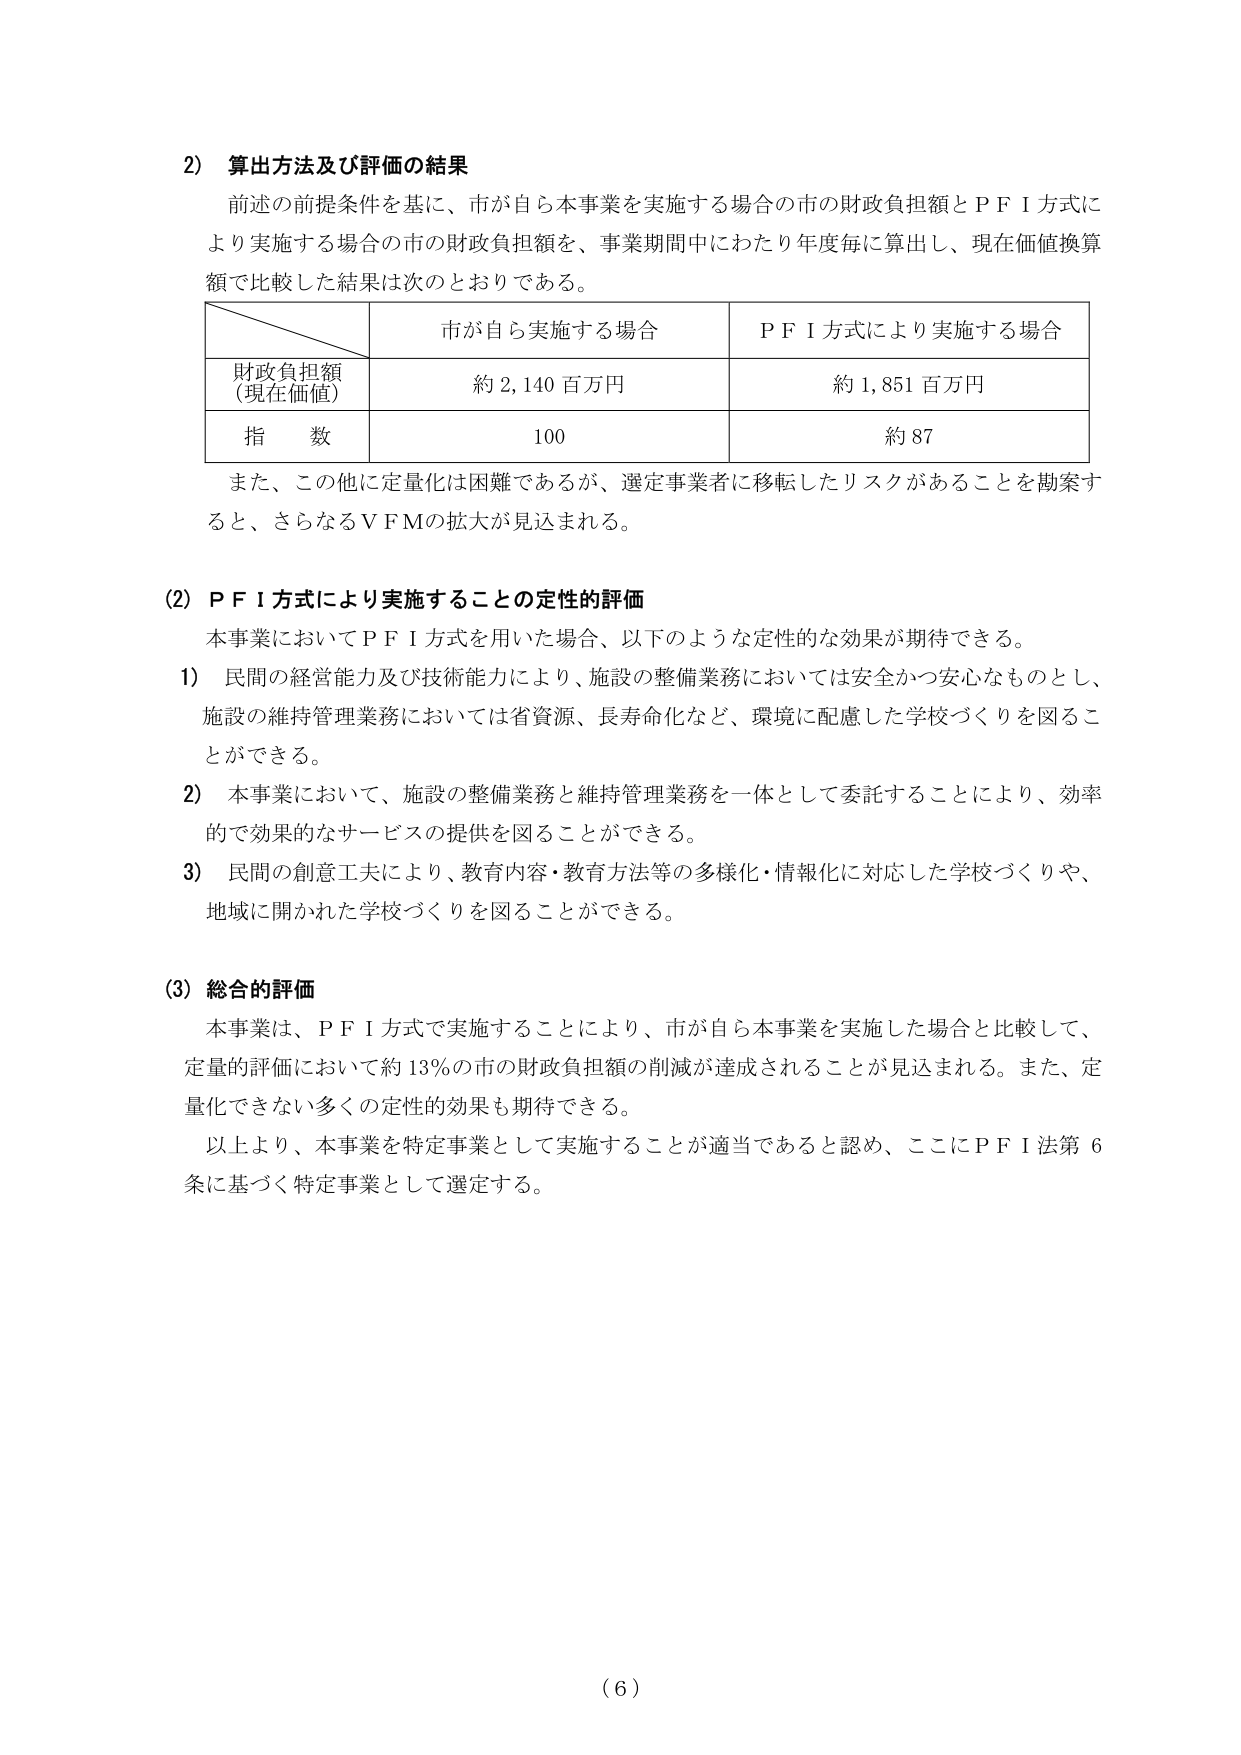
2) 算出方法及び評価の結果
前述の前提条件を基に、市が自ら本事業を実施する場合の市の財政負担額とＰＦＩ方式により実施する場合の市の財政負担額を、事業期間中にわたり年度毎に算出し、現在価値換算額で比較した結果は次のとおりである。

| | 市が自ら実施する場合 | ＰＦＩ方式により実施する場合 |
|---|---|---|
| 財政負担額（現在価値） | 約 2,140 百万円 | 約 1,851 百万円 |
| 指 数 | 100 | 約 87 |

また、この他に定量化は困難であるが、選定事業者に移転したリスクがあることを勘案すると、さらなるＶＦＭの拡大が見込まれる。

(2) ＰＦＩ方式により実施することの定性的評価
本事業においてＰＦＩ方式を用いた場合、以下のような定性的な効果が期待できる。
1) 民間の経営能力及び技術能力により、施設の整備業務においては安全かつ安心なものとし、施設の維持管理業務においては省資源、長寿命化など、環境に配慮した学校づくりを図ることができる。
2) 本事業において、施設の整備業務と維持管理業務を一体として委託することにより、効率的で効果的なサービスの提供を図ることができる。
3) 民間の創意工夫により、教育内容・教育方法等の多様化・情報化に対応した学校づくりや、地域に開かれた学校づくりを図ることができる。

(3) 総合的評価
本事業は、ＰＦＩ方式で実施することにより、市が自ら本事業を実施した場合と比較して、定量的評価において約 13％の市の財政負担額の削減が達成されることが見込まれる。また、定量化できない多くの定性的効果も期待できる。
以上より、本事業を特定事業として実施することが適当であると認め、ここにＰＦＩ法第6条に基づく特定事業として選定する。

(6)